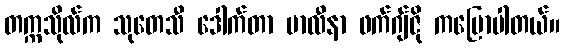
တက္ကသိုလ်က သုတေသီ ဒေါက်တာ မာလီနာ ဖက်ဂျ်ဇို ကပြောပါတယ်။